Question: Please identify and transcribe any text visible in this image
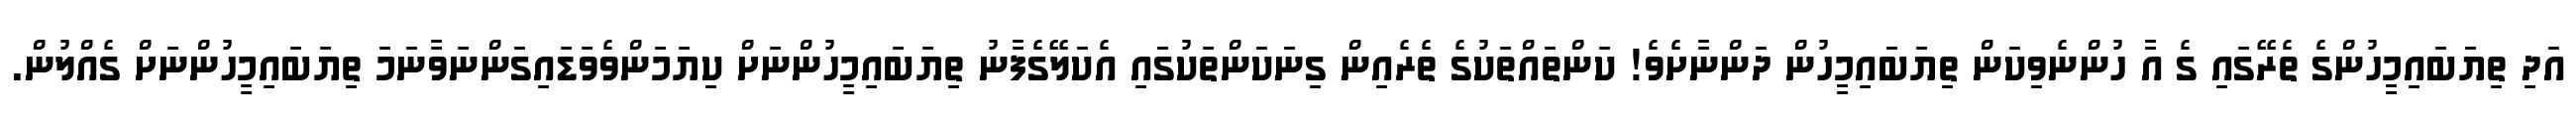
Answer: އަދި ތިޔަބައިމީހުންގެ ތެރޭގައި ގެ އާ ހުންނެވިކަން ތިޔަބައިމީހުން ދަންނާށެވެ! ކަންތައްތަކުގެ ތެރެއިން ގިނަކަންތަކުގައި އެކަލޭގެފާނު ތިޔަބައިމީހުންނަށް ކިޔަމަންވެވަޑައިގަންނަވާނަމަ ތިޔަބައިމީހުންނަށް ގެއްލުން.